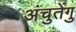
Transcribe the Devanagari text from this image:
अंचुतेंगु